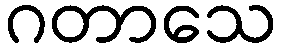
ဂတာသေ